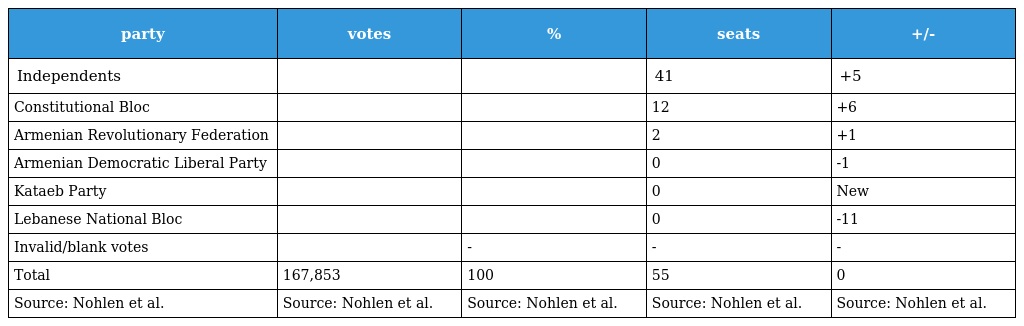
| party | votes | % | seats | +/- |
 | --- | --- | --- | --- | --- |
 | Independents |  |  | 41 | +5 |
 | Constitutional Bloc |  |  | 12 | +6 |
 | Armenian Revolutionary Federation |  |  | 2 | +1 |
 | Armenian Democratic Liberal Party |  |  | 0 | -1 |
 | Kataeb Party |  |  | 0 | New |
 | Lebanese National Bloc |  |  | 0 | -11 |
 | Invalid/blank votes |  | - | - | - |
 | Total | 167,853 | 100 | 55 | 0 |
 | Source: Nohlen et al. | Source: Nohlen et al. | Source: Nohlen et al. | Source: Nohlen et al. | Source: Nohlen et al. |